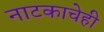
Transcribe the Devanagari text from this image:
नाटकाचेही